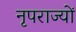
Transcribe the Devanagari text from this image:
नृपराज्यों